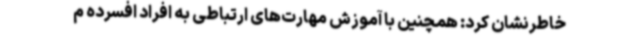
خاطرنشان کرد: همچنین با آموزش مهارت‌های ارتباطی به افراد افسرده م